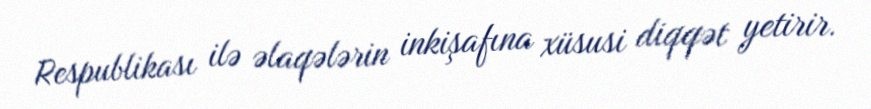
Respublikası ilə əlaqələrin inkişafına xüsusi diqqət yetirir.